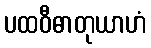
ပထဝီဓာတုယာဟံ